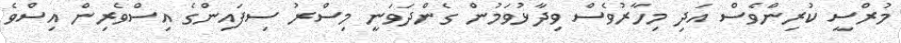
މުރްސީ ކުރިންވެސް އަދި މިހާރުވެސް ވިދާޅުވަމުން ގެންދަވަނީ މިސްރު ސިފައިންގެ އިސްވެރިން އިސްވެ